Lunatic asylums Burma 1907-21 - 1907-1921
Year: 1907
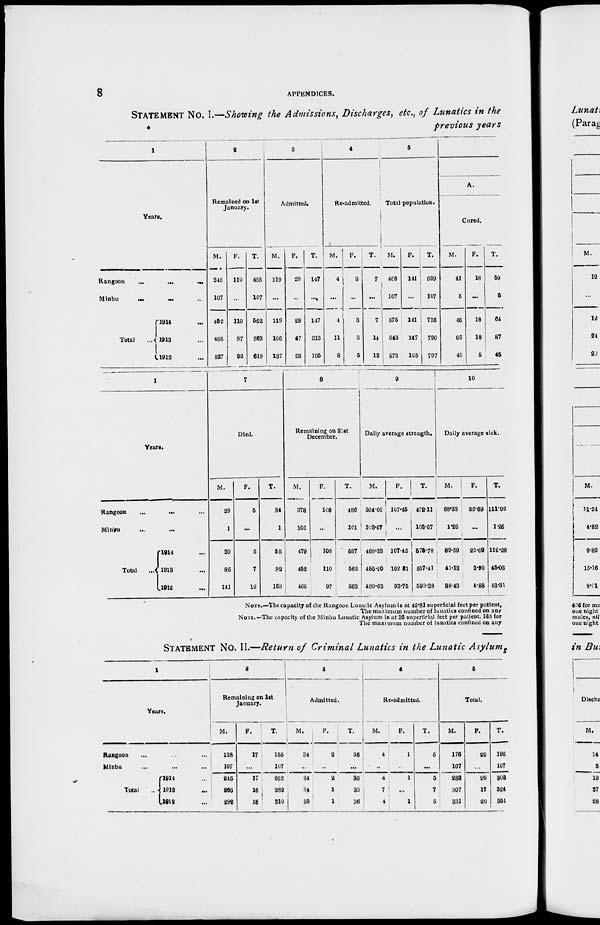
8
APPENDICES.
STATEMENT No. I.—Showing the Admissions, Discharges, etc., of Lunatics in the
previous years
1
Years.
Rangoon
...
...
...
Minbu
...
...
...
Total
...
1914 ...
1913 ...
1912 ...
2
Remained on 1st
January.
M.
345
107
452
466
527
F.
110
...
110
97
92
T.
455
107
562
563
619
3
Admitted.
M.
119
...
119
166
137
F.
28
...
28
47
28
T.
147
...
147
213
165
4
Re-admitted.
M.
4
...
4
11
8
F.
3
...
3
3
5
T.
7
...
7
14
13
5
Total population.
M.
468
107
575
643
672
F.
141
...
141
147
125
T.
609
107
716
790
797
A.
Cured.
M.
41
5
46
69
40
F.
18
...
18
18
5
T.
59
5
64
87
45
1
Years.
Rangoon
...
...
...
Minbu ... ...
Total
1914 ...
1913 ...
1912 ...
7
Died.
M.
29
1
30
85
141
F.
5
...
5
7
12
T.
34
1
35
92
153
8
Remaining on 31st
December.
M.
378
101
479
452
466
F.
108
...
108
110
97
T.
486
101
587
562
563
9
Daily average strength.
M.
364.66
103.67
468.33
455.20
499.63
F.
107.45
...
107.45
102.21
93.75
T.
472.11
103.67
575.78
557.41
593.38
10
Daily average sick.
M.
88.33
1.26
89.59
41.13
38.43
F.
22.69
...
22.69
3.90
4.88
T.
111.02
1.26
112.28
45.03
43.31
NOTE.—The capacity of the Rangoon Lunatic Asylum is at 42.81 superficial feet per patient,
The maximum number of lunatics confined on any
NOTE.—The capacity of the Minbu Lunatic Asylum is at 36 superficial feet per patient, 183 for
The maximum number of lunatics confined on any
STATEMENT No. II.—Return of Criminal Lunatics in the Lunatic Asylums
1
Years.
Rangoon ... ... ...
Minbu ... ... ...
Total ...
1914 ...
1913 ...
1912 ...
2
Remaining on 1st
January.
M.
138
107
245
266
292
F.
17
...
17
16
18
T.
155
107
262
282
310
3
Admitted.
M.
34
...
34
34
35
F.
2
...
2
1
1
T.
36
...
36
35
36
4
Re-admitted.
M.
4
...
4
7
4
F.
1
...
1
...
1
T.
5
...
5
7
5
5
Total.
M.
176
107
283
307
331
F.
20
...
20
17
20
T.
196
107
303
324
351